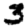
Digit: 3